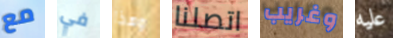
مع في وهذا اتصلنا وغريب عليه